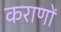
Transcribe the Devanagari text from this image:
कराणों